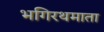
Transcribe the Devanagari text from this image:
भगिरथमाता